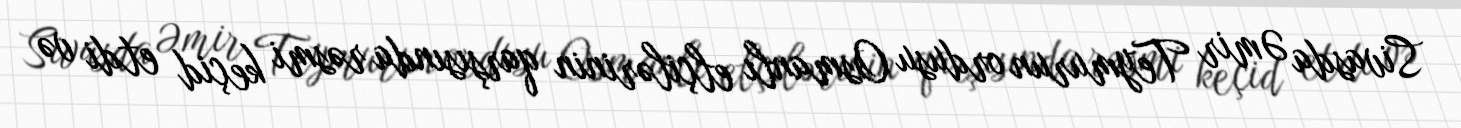
Sivasda Əmir Teymurun ordusu Osmanlı elçilərinin qarşısında rəsmi keçid etdi və